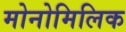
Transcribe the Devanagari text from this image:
मोनोमिलिक